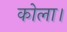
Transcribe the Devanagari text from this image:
कोला।